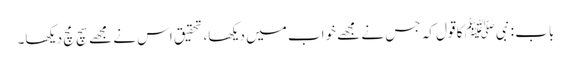
باب : نبیﷺ کا قول کہ جس نے مجھے خواب میں دیکھا، تحقیق اس نے مجھے سچ مچ دیکھا۔